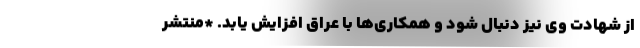
از شهادت وی نیز دنبال شود و همکاری‌ها با عراق افزایش یابد. *منتشر